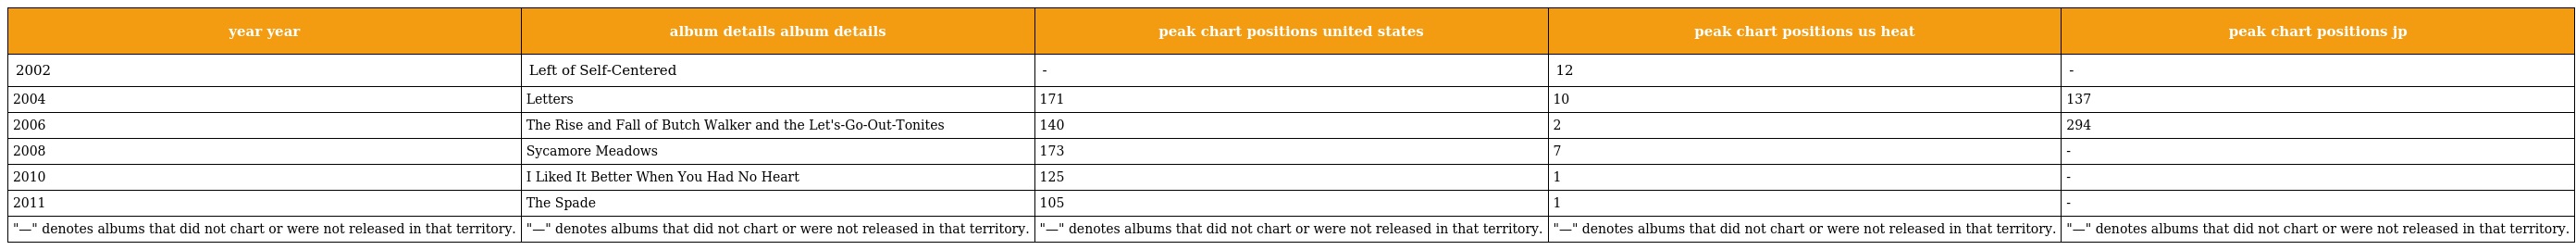
| year year | album details album details | peak chart positions united states | peak chart positions us heat | peak chart positions jp |
 | --- | --- | --- | --- | --- |
 | 2002 | Left of Self-Centered | - | 12 | - |
 | 2004 | Letters | 171 | 10 | 137 |
 | 2006 | The Rise and Fall of Butch Walker and the Let's-Go-Out-Tonites | 140 | 2 | 294 |
 | 2008 | Sycamore Meadows | 173 | 7 | - |
 | 2010 | I Liked It Better When You Had No Heart | 125 | 1 | - |
 | 2011 | The Spade | 105 | 1 | - |
 | "—" denotes albums that did not chart or were not released in that territory. | "—" denotes albums that did not chart or were not released in that territory. | "—" denotes albums that did not chart or were not released in that territory. | "—" denotes albums that did not chart or were not released in that territory. | "—" denotes albums that did not chart or were not released in that territory. |